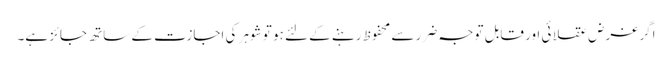
اگر غرض عقلا ئی اور قابل توجہ ضرر سے محفوظ رہنے کے لئے ہو تو شوہر کی اجازت کے ساتھ جائز ہے۔